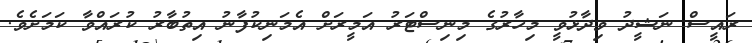
ރައީސް ނަޝީދު ވިދާޅުވީ މިހާރުގެ މިނިސްޓަރު އަމީރަށް އެމަނިކުފާނު އިތުބާރު ކުރައްވާ ކަމަށެވެ.